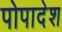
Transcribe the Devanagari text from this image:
पोपादेश